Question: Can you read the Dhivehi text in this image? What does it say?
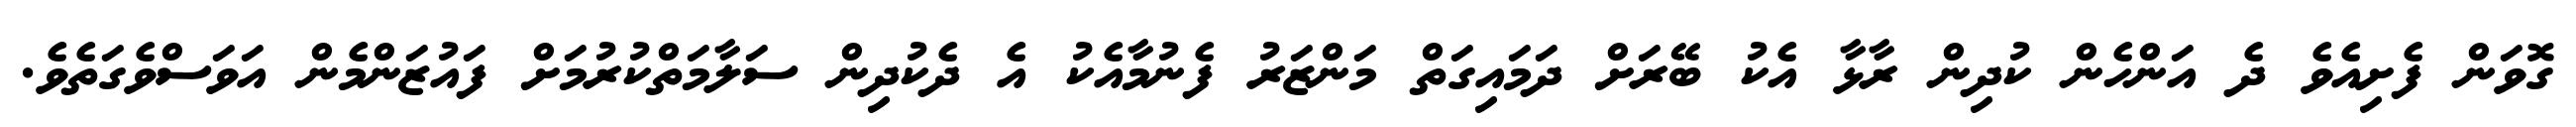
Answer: ގޮވަން ފެށިއެވެ ދެ އަންހެން ކުދިން ރާޅާ އެކު ބޭރަށް ދަމައިގަތް މަންޒަރު ފެނުމާއެކު އެ ދެކުދިން ސަލާމަތްކުރުމަށް ފައުޒަންމެން އަވަސްވެގަތެވެ.